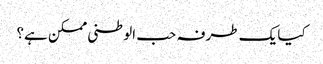
کیا یک طرفہ حب الوطنی ممکن ہے؟